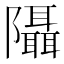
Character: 𨽦